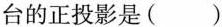
台的正投影是( )